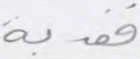
ففدية